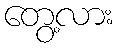
တွေ့လား